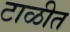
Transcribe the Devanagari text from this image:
टाळीत